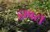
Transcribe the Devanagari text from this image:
डम्पटी